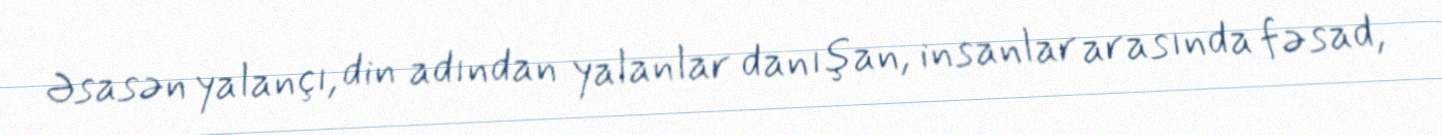
Əsasən yalançı, din adından yalanlar danışan, insanlar arasında fəsad,